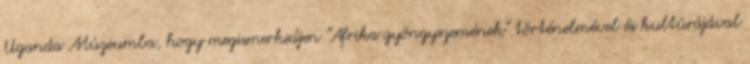
Uganda Múzeumba, hogy megismerkedjen "Afrika gyöngyszemének" történelmével és kultúrájával